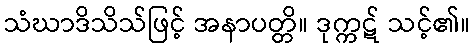
သံဃာဒိသိသ်ဖြင့် အနာပတ္တိ။ ဒုက္ကဋ် သင့်၏။